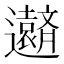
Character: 𮟧